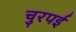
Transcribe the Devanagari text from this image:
चुरपई